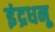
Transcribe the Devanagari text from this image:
इंद्रधनू